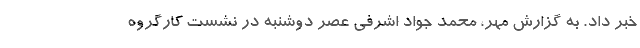
خبر داد. به گزارش مهر، محمد جواد اشرفی عصر دوشنبه در نشست کارگروه